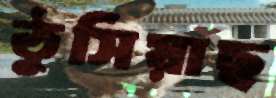
ঠুসিয়াছ